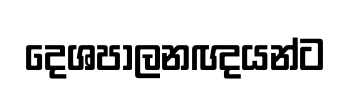
දෙශපාලනඥයන්ට